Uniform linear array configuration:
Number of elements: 24
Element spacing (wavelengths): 1
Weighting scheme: hamming
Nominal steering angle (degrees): -45
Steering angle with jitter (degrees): -45.547
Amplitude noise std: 0.05
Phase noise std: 0.05

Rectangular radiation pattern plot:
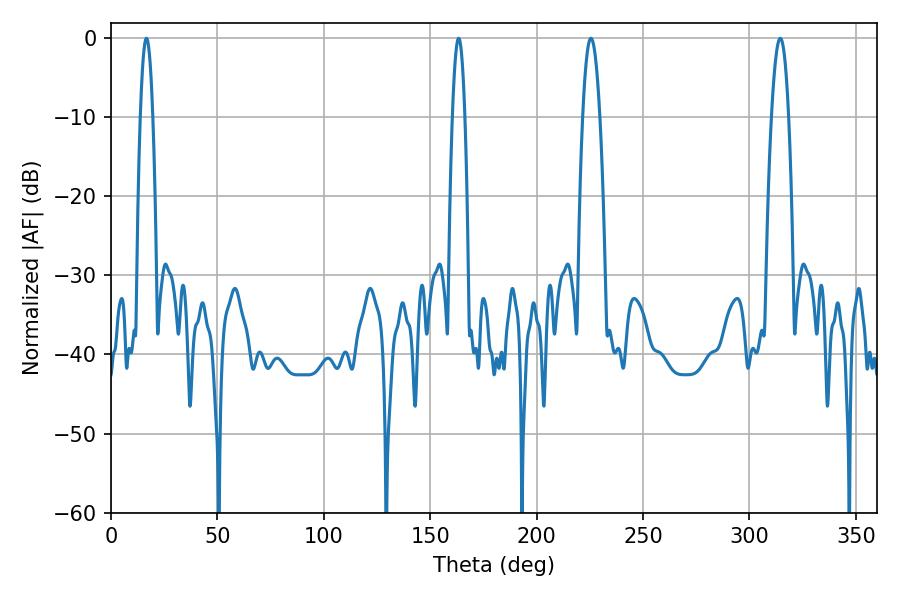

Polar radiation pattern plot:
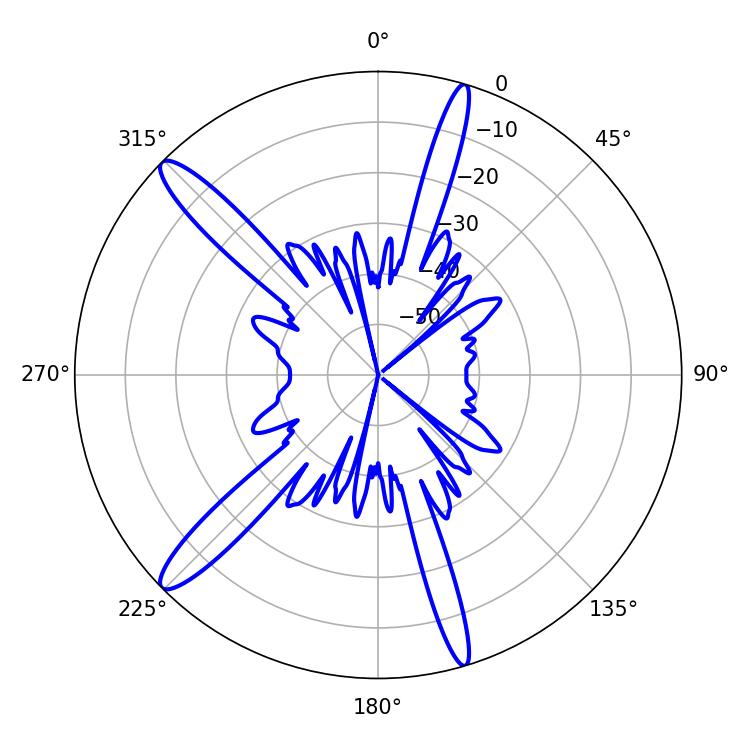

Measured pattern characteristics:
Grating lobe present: TRUE
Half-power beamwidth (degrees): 4.32
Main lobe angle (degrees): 225.54